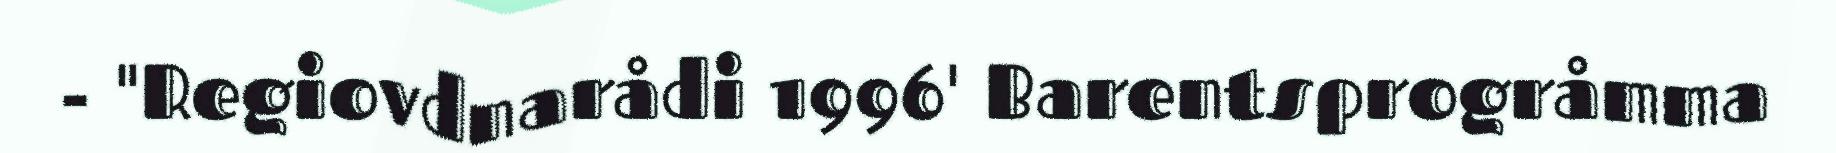
- "Regiovdnarådi 1996' Barentsprogråmma